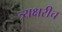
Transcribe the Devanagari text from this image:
त्र्यक्षरीच